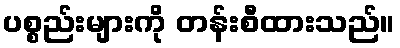
ပစ္စည်းများကို တန်းစီထားသည်။